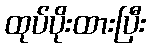
ထုပ်ပိုးထားပြီး